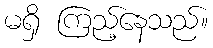
မရှိ ကြည့်နေသည်။